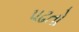
પઢતો